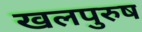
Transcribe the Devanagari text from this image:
खलपुरुष